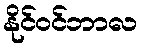
နိုင်ဝင်ဘာလ